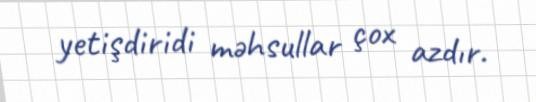
yetişdiridi məhsullar çox azdır.